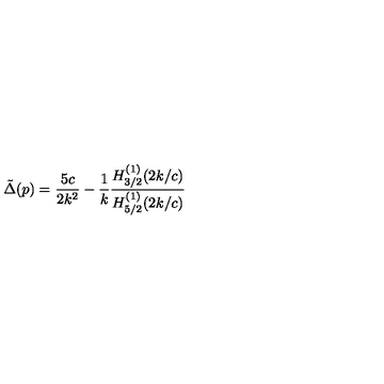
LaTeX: \tilde { \Delta } ( p ) = \frac { 5 c } { 2 k ^ { 2 } } - \frac { 1 } { k } \frac { H _ { 3 / 2 } ^ { ( 1 ) } ( 2 k / c ) } { H _ { 5 / 2 } ^ { ( 1 ) } ( 2 k / c ) }